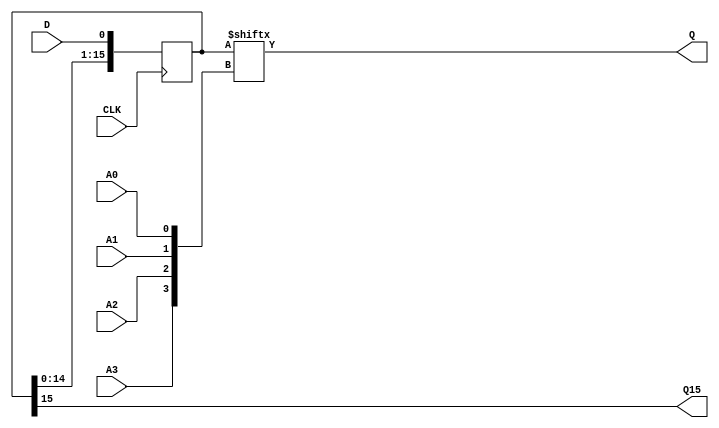
// $Header: /devl/xcs/repo/env/Databases/CAEInterfaces/xec_libs/data/unisims/SRLC16.v,v 1.1 2005/05/10 01:20:09 wloo Exp $

/*

FUNCTION	: 16 bit Shift Register LUT w/ Carry

*/

//`celldefine
`timescale  100 ps / 10 ps

module SRLC16 (Q, Q15, A0, A1, A2, A3, CLK, D);

    parameter INIT = 16'h0000;

    output Q, Q15;

    input  A0, A1, A2, A3, CLK, D;

    reg  [5:0]  count;
    reg  [15:0] data;
    wire [3:0]  addr;
    wire	q_int;

    buf b_a3 (addr[3], A3);
    buf b_a2 (addr[2], A2);
    buf b_a1 (addr[1], A1);
    buf b_a0 (addr[0], A0);

    assign Q = data[addr];
    assign Q15 = data[15];

// synopsys translate_off
    initial begin
	for (count = 0; count < 16; count = count + 1)
	    data[count] <= INIT[count];
    end
// synopsys translate_on

    always @(posedge CLK) begin
	{data[15:0]} <= {data[14:0], D};
    end

endmodule